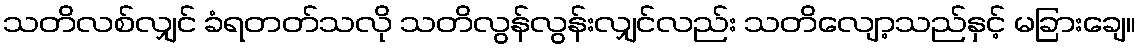
သတိလစ်လျှင် ခံရတတ်သလို သတိလွန်လွန်းလျှင်လည်း သတိလျော့သည်နှင့် မခြားချေ။